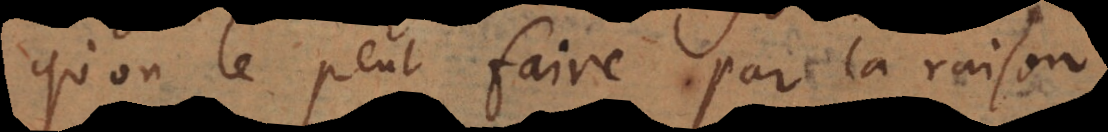
’on le peut faire par la raison